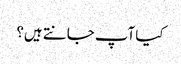
کیا آپ جانتے ہیں؟